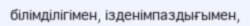
білімділігімен, ізденімпаздығымен,